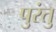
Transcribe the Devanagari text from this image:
पुरंतु